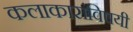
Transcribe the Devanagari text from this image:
कलाकारांविषयी